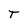
Character: T